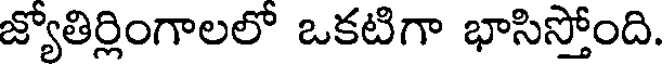
జ్యోతిర్లింగాలలో ఒకటిగా భాసిస్తోంది.